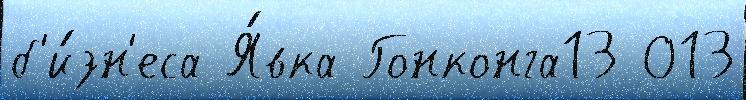
б'и́зн'еса Я́вка Гонконга13 013